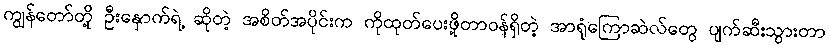
ကျွန်တော်တို့ ဦးနှောက်ရဲ့ ဆိုတဲ့ အစိတ်အပိုင်းက ကိုထုတ်ပေးဖို့တာဝန်ရှိတဲ့ အာရုံကြောဆဲလ်တွေ ပျက်ဆီးသွားတာ